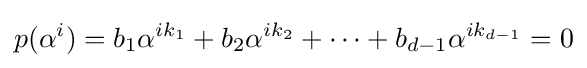
p(\alpha ^{i})=b_{1}\alpha ^{ik_{1}}+b_{2}\alpha ^{ik_{2}}+\cdots +b_{d-1}\alpha ^{ik_{d-1}}=0